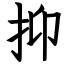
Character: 抑